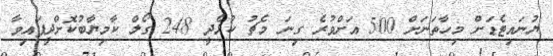
ޔުނައިޓެޑަށް މިހާތަނަށް 500 އަށްވުރެ ގިނަ މެޗު ކުޅެދީ 248 ގޯލް ކާމިޔާބުކޮށްދީފައިވާ